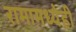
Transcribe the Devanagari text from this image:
रामामध्येही